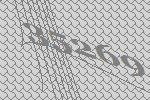
35269